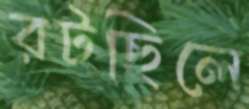
রটছিলে